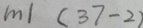
m \vert ( 3 7 - 2 )